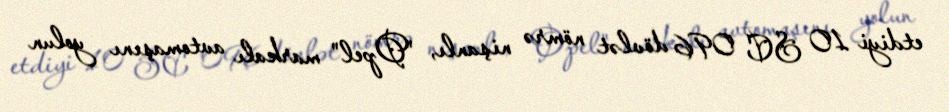
etdiyi 10 SC 096 dövlət nömrə nişanlı, "Opel" markalı avtomaşını yolun